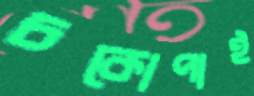
চকোপাই